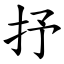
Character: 抒